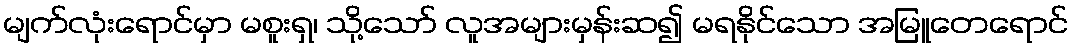
မျက်လုံးရောင်မှာ မစူးရှ၊ သို့သော် လူအများမှန်းဆ၍ မရနိုင်သော အမြူတေရောင်